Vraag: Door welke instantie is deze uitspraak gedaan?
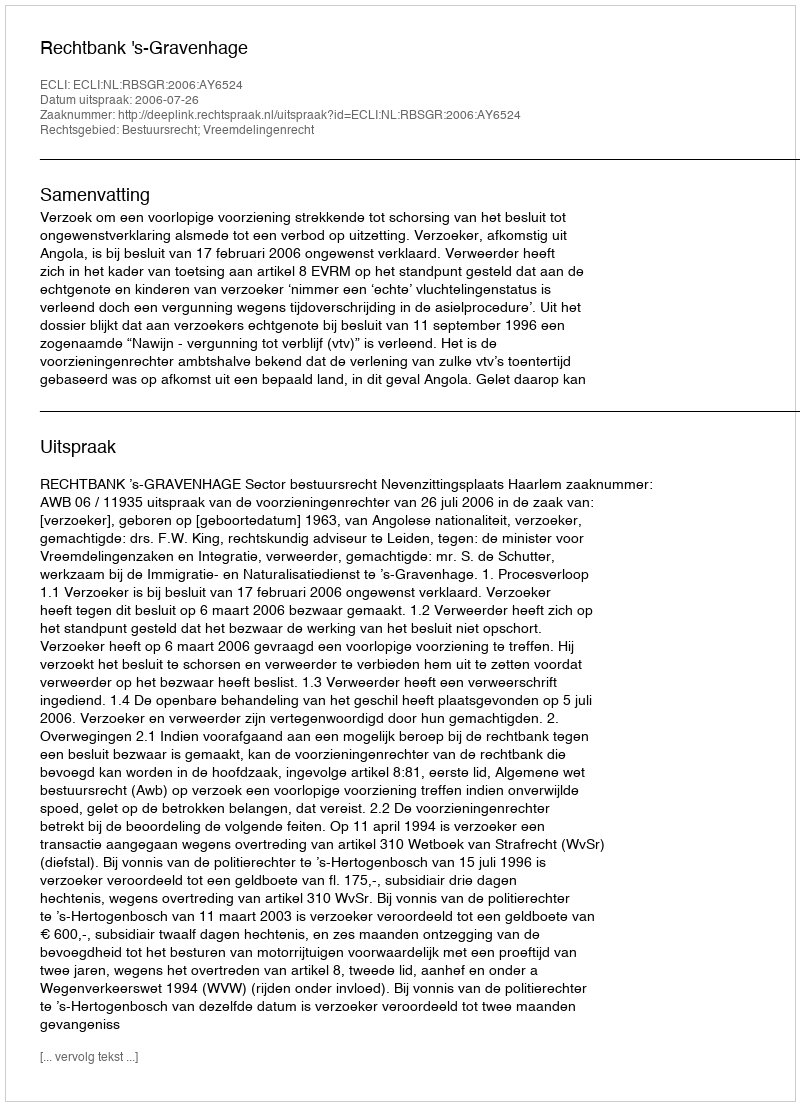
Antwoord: Rechtbank 's-Gravenhage